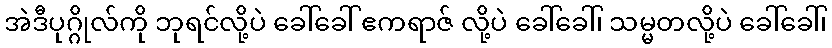
အဲဒီပုဂ္ဂိုလ်ကို ဘုရင်လို့ပဲ ခေါ်ခေါ် ဧကရာဇ် လို့ပဲ ခေါ်ခေါ်၊ သမ္မတလို့ပဲ ခေါ်ခေါ်၊